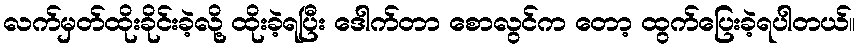
လက်မှတ်ထိုးခိုင်းခဲ့လို့ ထိုးခဲ့ရပြီး ဒေါက်တာ စောလွင်က တော့ ထွက်ပြေးခဲ့ရပါတယ်။